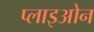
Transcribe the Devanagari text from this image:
प्लाइओन